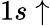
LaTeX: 1s\uparrow